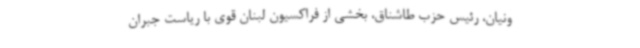
ونیان، رئیس حزب طاشناق، بخشی از فراکسیون لبنان قوی با ریاست جبران